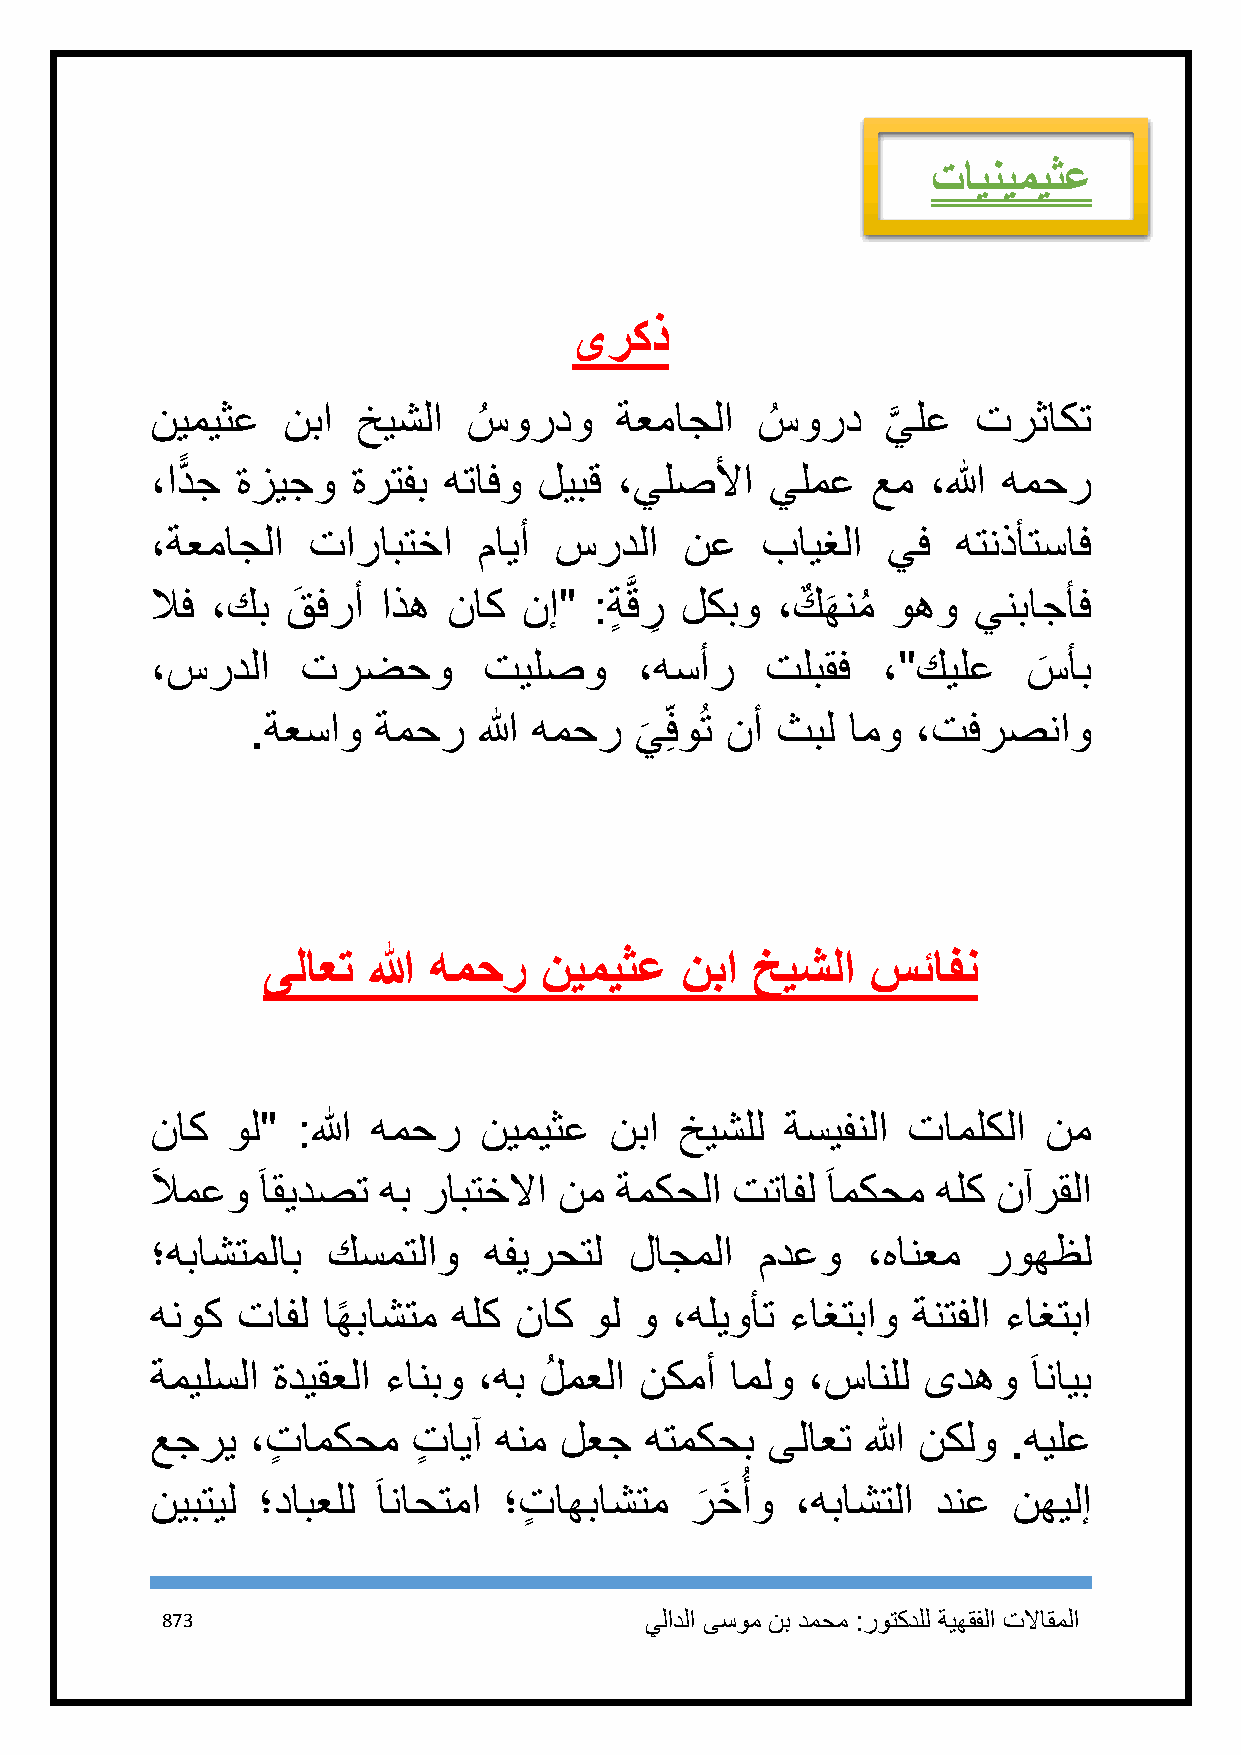
تاينيميثع
 ىركذ
 نيميثع   نبا  خيشلا  سُ وردو   ةعماجلا  سُ ورد   ي
 َّ
 لع  ترثاكت
 ،ادًّ ج ةزيجو ةرتفب هتافو ليبق ،يلصلأا   يلمع   عم  ،الله همحر
 ،ةعماجلا  تارابتخا    مايأ سردلا   نع   بايغلا   يف  هتنذأتساف
 لاف ،كب  قَ فرأ اذه ناك  نإ" : ةٍ َّ قر
 ِ
 لكبو  ،كٌ ه
 َ
 نمُ وهو ينباجأف
 ،سردلا    ترضحو       تيلصو     ،هسأر    تلبقف  ،"كيلع    سأب
 َ
 .ةعساو  ةمحر   الله همحر ي ِفوُت نأ ثبل امو ،تفرصناو
 َ
 ىلاعت  الله همحر   نيميثع   نبا  خيشلا   سئافن
 ناك  ول"  :الله همحر  نيميثع  نبا  خيشلل  ةسيفنلا تاملكلا  نم
 َ لامعو َ اقيدصت هب رابتخلاا نم ةمكحلا تتافل َ امكحم هلك نآرقلا
 ؛هباشتملاب  كسمتلاو   هفيرحتل   لاجملا  مدعو   ،هانعم  روهظل
 هنوك  تافل اهً باشتم هلك ناك ول و ،هليوأت ءاغتباو ةنتفلا ءاغتبا
 ةميلسلا ةديقعلا ءانبو ،هب لُ معلا نكمأ املو ،سانلل ىدهو   َ انايب
 عجري   ،تٍ امكحم تٍ ايآ هنم لعج  هتمكحب  ىلاعت الله نكلو .هيلع
 ُ
 نيبتيل ؛دابعلل َ اناحتما ؛تٍ اهباشتم رخَ أو ،هباشتلا دنع نهيلإ
 َ
 873                             يلادلا ىسوم نب دمحم :روتكدلل ةيهقفلا تلااقملا